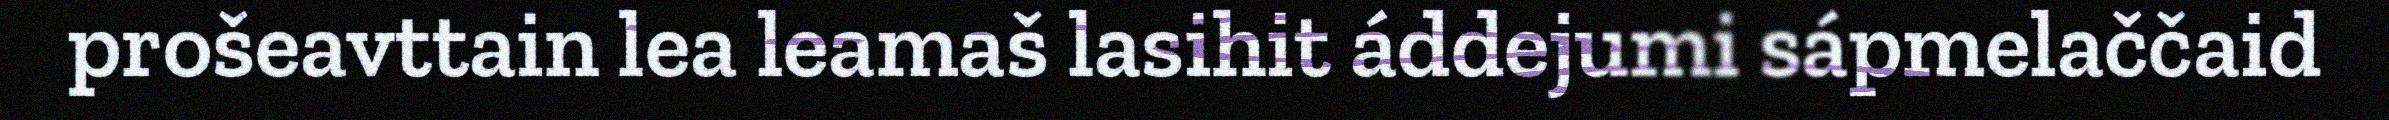
prošeavttain lea leamaš lasihit áddejumi sápmelaččaid